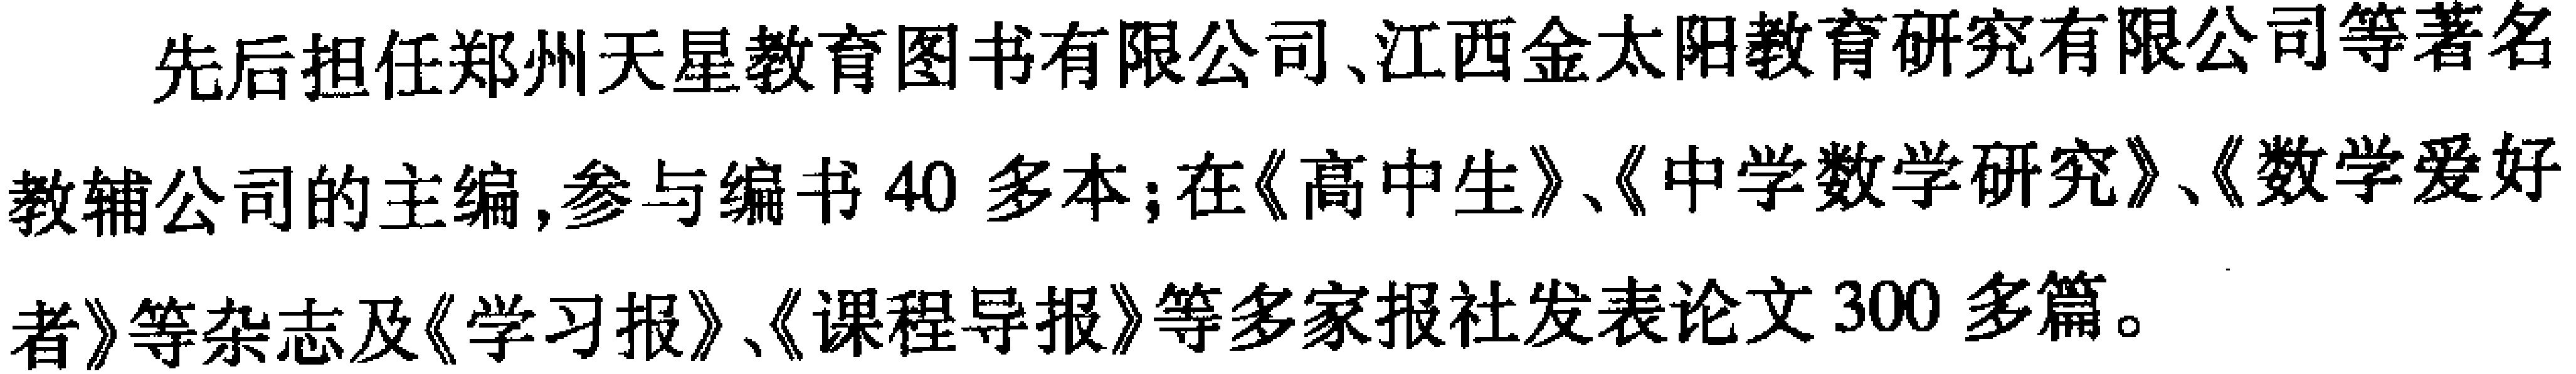
先后担任郑州天星教育图书有限公司、江西金太阳教育研究有限公司等著名

教辅公司的主编,参与编书40多本;在《高中生》、《中学数学研究》、《数学爱好

者》等杂志及《学习报》、《课程导报》等多家报社发表论文300多篇。